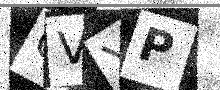
Text: GVYP